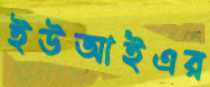
ইউআইএর